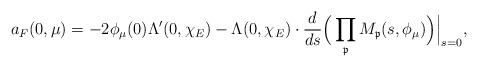
LaTeX: \begin{align*}a_F(0,\mu) = -2 \phi_\mu(0) \Lambda'(0,\chi_E) - \Lambda(0,\chi_E) \cdot \frac{d}{ds} \Big( \prod_\mathfrak{p} M_\mathfrak{p}(s,\phi_\mu) \Big) \Big|_{s=0},\end{align*}